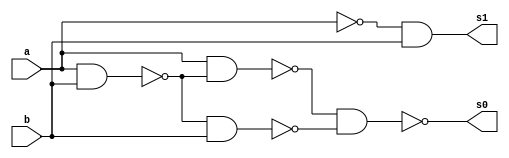
//-- Felipe Pacfico
//-- 389868
//-- guia03_03



// -- meia diferenca


module meiadiferenca (s0, s1, a, b);
 output s0, s1;
 input  a, b;
 wire s3,s4,s5,s6,s7;
 
 nand nandgate7 (s6, a, a);
 nand nandgate2 (s7, s6, b);
 nand nandgate8 (s1, s7, s7);
 nand nandgate3 (s3, a, b);
 nand nandgate4 (s4, a, s3);
 nand nandgate5 (s5, s3, b);
 nand nandgate6 (s0, s4, s5);

endmodule // meia diferenca

// --------------------------
// -- test meia diferenca nand
// --------------------------

module testmeiadiferenca;
 reg   a, b;             
 wire  s0, s1;
          // instancia
 meiadiferenca MEIADIFERENCA1 (s0, s1, a, b);

 initial begin:start
      a=0; b=0;
 end

          // parte principal
 initial begin:main
      $display("Felipe Pacifico -- 389868");
      $display("Test Meia Diferenca NAND gate");
      $display("\n a | b = s0 s1\n");
      $monitor(" %b | %b = %b %b", a, b, s0, s1);
  #1  a=0; b=1; 
  #1  a=1; b=0; 
  #1  a=1; b=1; 
  
 end

endmodule // testmeiadiferenca